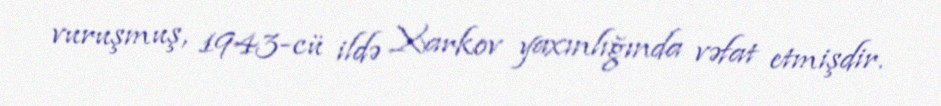
vuruşmuş, 1943-cü ildə Xarkov yaxınlığında vəfat etmişdir.